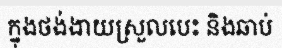
ក្នុងថង់ងាយស្រួលបេះ និងឆាប់